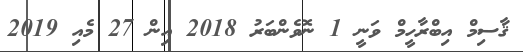
ޤާސިމް އިބްރާހީމް ވަނީ 1 ނޮވެންބަރު 2018 އިން 27 މެއި 2019